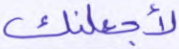
لأجعلنك